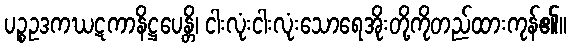
ပဉ္စဥဒကဃဋကာနိဋ္ဌပေန္တိ၊ ငါးလုံးငါးလုံးသောရေအိုးတို့ကိုတည်ထားကုန်၏။